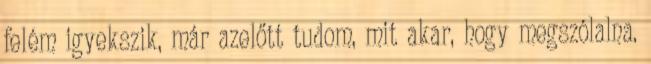
felém igyekszik, már azelőtt tudom, mit akar, hogy megszólalna.